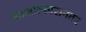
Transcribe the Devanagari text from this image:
साक्षात्कारानंतर